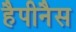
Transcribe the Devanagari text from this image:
हैपीनैस